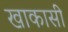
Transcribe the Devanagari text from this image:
खाकासी